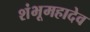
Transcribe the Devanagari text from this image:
शंभूमहादेव